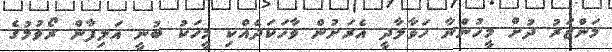
މަންޒަރު ދުށް މީހުންނާ ހަވާލާދީ އެރަށުން ވާހަކަދެއްކި މީހަކު ބުނީ އަލިފާން ރޯވުމުގެ